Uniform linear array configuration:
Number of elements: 32
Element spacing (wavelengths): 0.5
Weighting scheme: kaiser
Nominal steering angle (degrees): -15
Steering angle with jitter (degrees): -15.025
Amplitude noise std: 0.05
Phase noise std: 0.05

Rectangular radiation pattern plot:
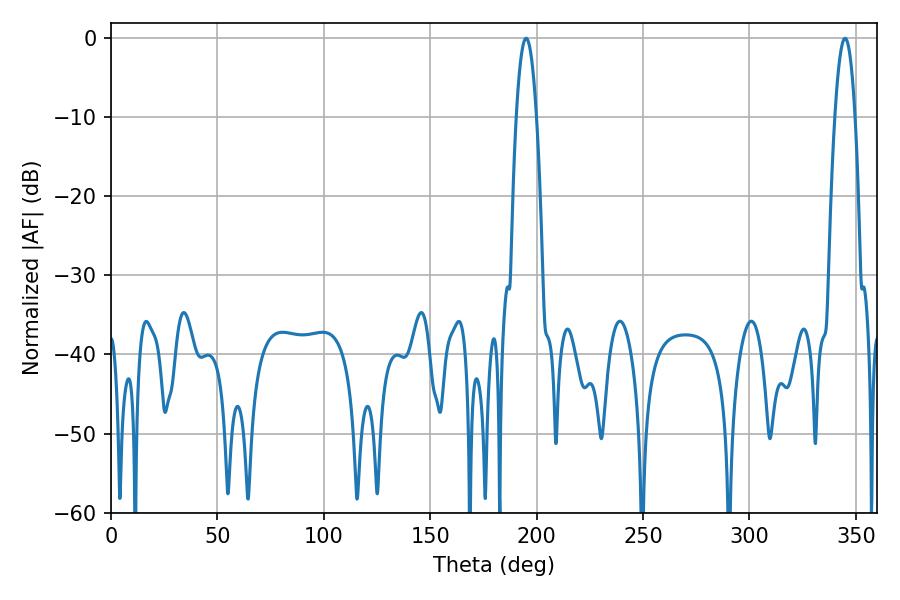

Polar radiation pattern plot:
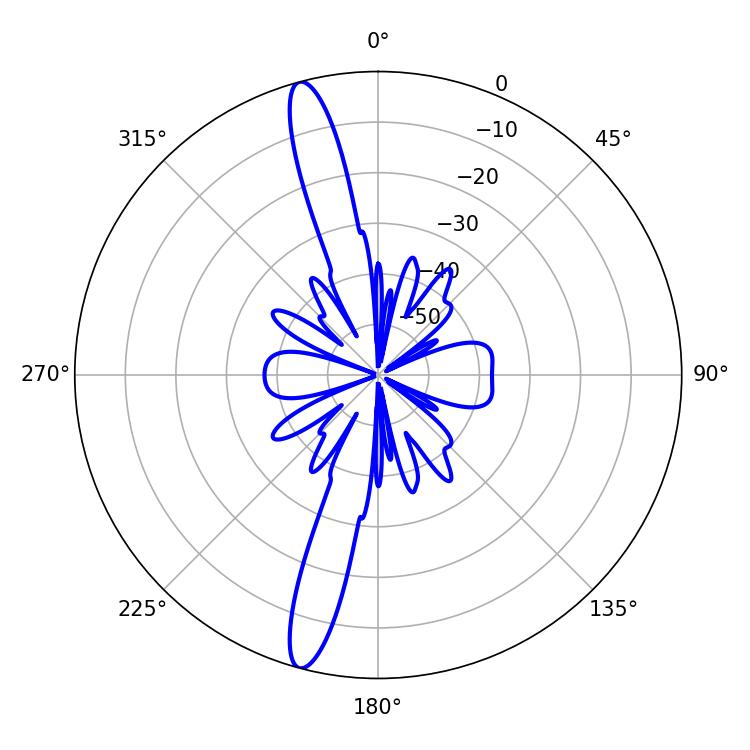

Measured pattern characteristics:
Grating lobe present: FALSE
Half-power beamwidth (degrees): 5.22
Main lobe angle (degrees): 195.12